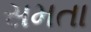
સમતા